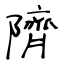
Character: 隮